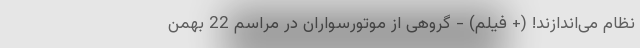
نظام می‌اندازند! (+ فیلم) - گروهی از موتورسواران در مراسم 22 بهمن